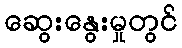
ဆွေးနွေးမှုတွင်